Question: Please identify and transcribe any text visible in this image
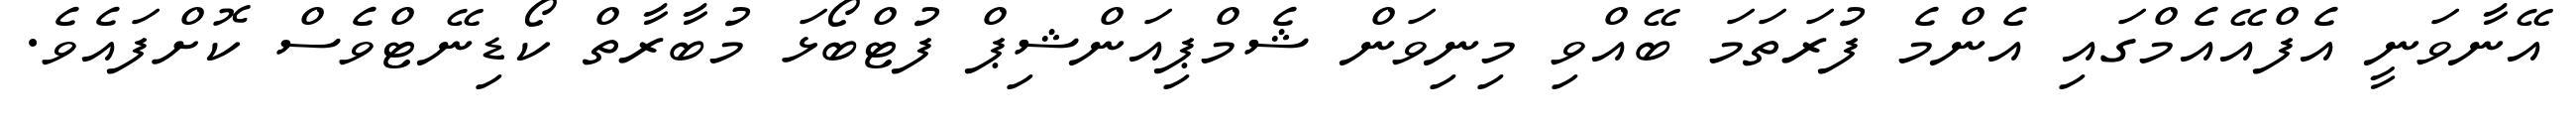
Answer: އޭނާވަނީ އެފްއޭއެމްގައި އެންމެ ފުރަތަމަ ބޭއްވި މިނިވަން ޝެމްޕިއަންޝިޕް ފުޓްބޯޅަ މުބާރާތް ކޯޑިނޭޓްވެސް ކޮށްފައެވެ.